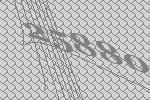
25880